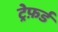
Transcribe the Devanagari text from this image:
ट्रेफ़र्ड